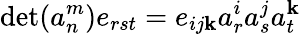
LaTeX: \operatorname*{det}(a_{n}^{m})e_{rst}=e_{ij\mathbf{k}}a_{r}^{i}a_{s}^{j}a_{t}^{\mathbf{k}}